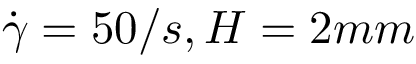
\dot { \gamma } = 5 0 / s , H = 2 m m